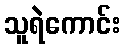
သူရဲကောင်း